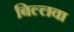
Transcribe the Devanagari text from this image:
बिल्लवा